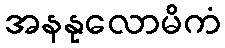
အနနုလောမိကံ